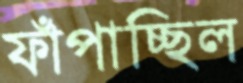
ফাঁপাচ্ছিল